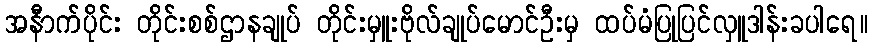
အနီာက်ပိုင်း တိုင်းစစ်ဌာနချုပ် တိုင်းမှူးဗိုလ်ချုပ်မောင်ဦးမှ ထပ်မံပြုပြင်လှူဒါန်းခပါရေ။